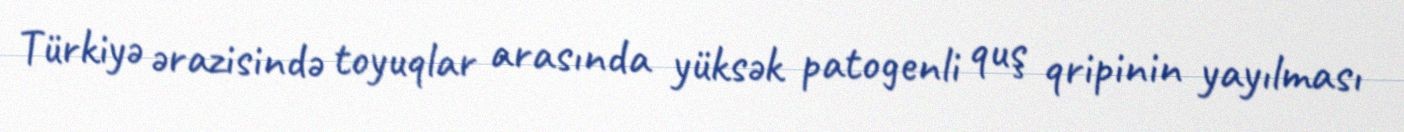
Türkiyə ərazisində toyuqlar arasında yüksək patogenli quş qripinin yayılması